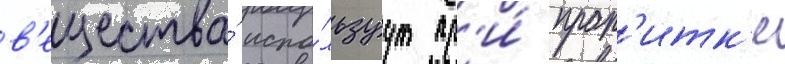
в'ещества́ испо́льзуут пр'и́ проп'итк'е